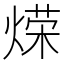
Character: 𫞡